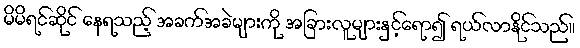
မိမိရင်ဆိုင် နေရသည့် အခက်အခဲများကို အခြားလူများနှင့်ရော၍ ရယ်လာနိုင်သည်။